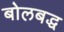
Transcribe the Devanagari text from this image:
बोलबद्ध